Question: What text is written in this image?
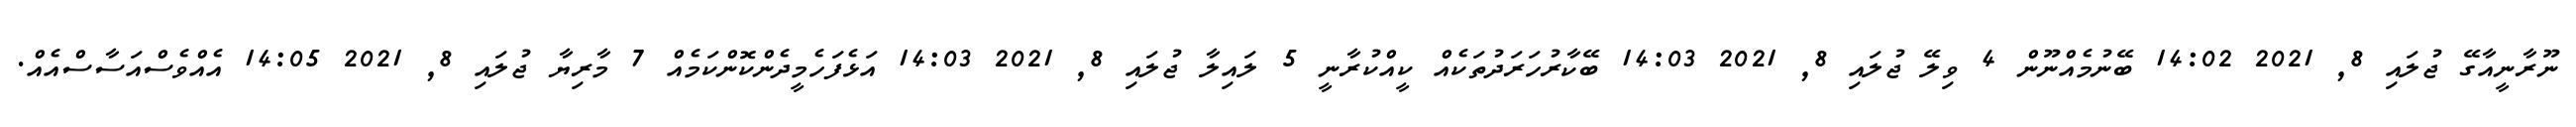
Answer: ނޫރާނީއާގޭ ޖުލައި 8, 2021 14:02 ބޭނުމެއްނޫން 4 ވިލޭ ޖުލައި 8, 2021 14:03 ބޭކާރުހަރަދުތަކެއް ކީއްކުރާނީ 5 ލައިލާ ޖުލައި 8, 2021 14:03 އަޅެފަހެމީދެންކޮންކަމެއް 7 މާރިޔާ ޖުލައި 8, 2021 14:05 އެއްވެސްއަސާސްއެއް.